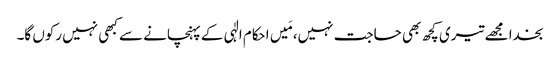
بخدا مجھے تیری کچھ بھی حاجت نہیں، مَیں احکام الٰہی کے پہنچانے سے کبھی نہیں رکوں گا۔